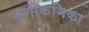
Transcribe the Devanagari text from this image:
मणीकमिका